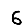
Digit: 6